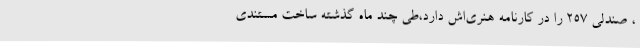
، صندلی 257 را در کارنامه هنری‌اش دارد،طی چند ماه گذشته ساخت مستندی